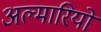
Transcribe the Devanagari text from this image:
अल्मारियों